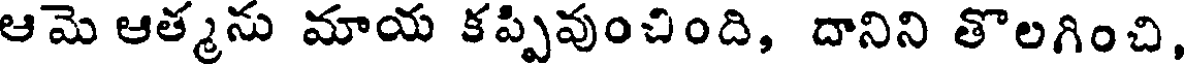
ఆమె ఆత్మను మాయ కప్పివుంచింది, దానిని తొలగించి,